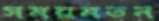
সময়মতন